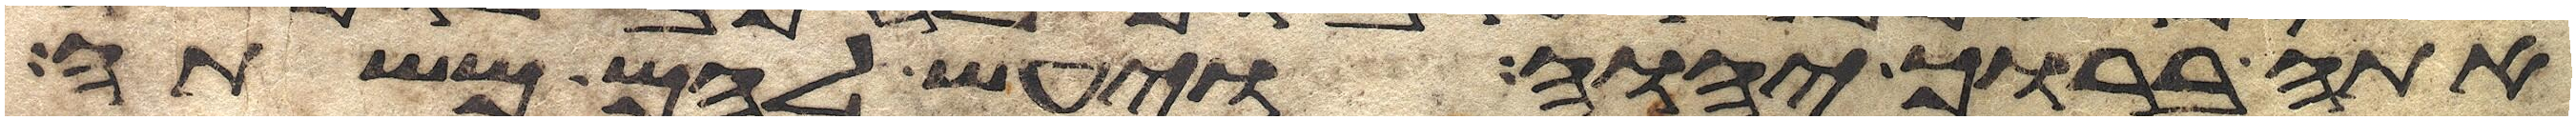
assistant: אתה ברוך יהוה ויעש להם משתה